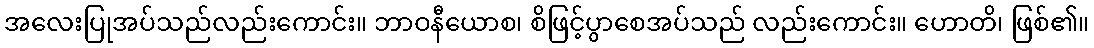
အလေးပြုအပ်သည်လည်းကောင်း။ ဘာဝနီယောစ၊ စိဖြင့်ပွာစေအပ်သည် လည်းကောင်း။ ဟောတိ၊ ဖြစ်၏။